Civil Veterinary Dept. North-West Frontier Province 1923-32 - 1923-1932
Year: 1923
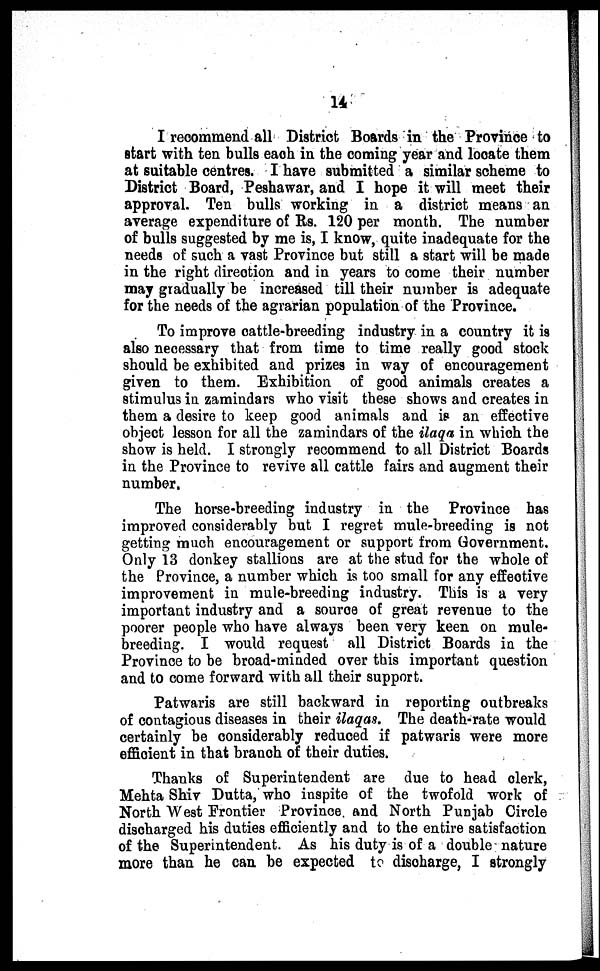
14
I recommend all District Boards in the Province to
start with ten bulls each in the coming year and locate them
at suitable centres. I have submitted a similar scheme to
District Board, Peshawar, and I hope it will meet their
approval. Ten bulls working in a district means an
average expenditure of Rs. 120 per month. The number
of bulls suggested by me is, I know, quite inadequate for the
needs of such a vast Province but still a start will be made
in the right direction and in years to come their number
may gradually be increased till their number is adequate
for the needs of the agrarian population of the Province.
To improve cattle-breeding industry in a country it is
also necessary that from time to time really good stock
should be exhibited and prizes in way of encouragement
given to them. Exhibition of good animals creates a
stimulus in zamindars who visit these shows and creates in
them a desire to keep good animals and is an effective
object lesson for all the zamindars of the ilaqa in which the
show is held. I strongly recommend to all District Boards
in the Province to revive all cattle fairs and augment their
number.
The horse-breeding industry in the Province has
improved considerably but I regret mule-breeding is not
getting much encouragement or support from Government.
Only 13 donkey stallions are at the stud for the whole of
the Province, a number which is too small for any effective
improvement in mule-breeding industry. This is a very
important industry and a source of great revenue to the
poorer people who have always been very keen on mule-
breeding. I would request all District Boards in the
Province to be broad-minded over this important question
and to come forward with all their support.
Patwaris are still backward in reporting outbreaks
of contagious diseases in their ilaqas. The death-rate would
certainly be considerably reduced if patwaris were more
efficient in that branch of their duties.
Thanks of Superintendent are due to head clerk,
Mehta Shiv Dutta, who inspite of the twofold work of
North West Frontier Province and North Punjab Circle
discharged his duties efficiently and to the entire satisfaction
of the Superintendent. As his duty is of a double nature
more than he can be expected to discharge, I strongly